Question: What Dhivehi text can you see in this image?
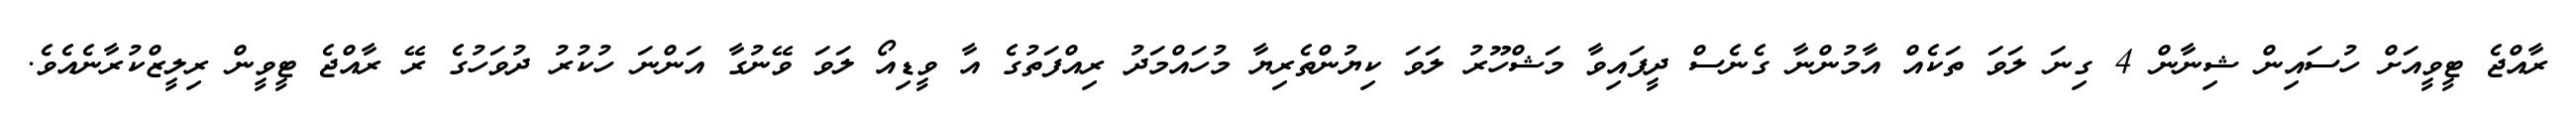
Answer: ރާއްޖެ ޓީވީއަށް ހުސައިން ޝިނާން 4 ގިނަ ލަވަ ތަކެއް އާމުންނާ ގެނެސް ދީފައިވާ މަޝްހޫރު ލަވަ ކިޔުންތެރިޔާ މުހައްމަދު ރިއްފަތުގެ އާ ވީޑިއޯ ލަވަ ވޭނުގާ އަންނަ ހުކުރު ދުވަހުގެ ރޭ ރާއްޖެ ޓީވީން ރިލީޒްކުރާނެއެވެ.